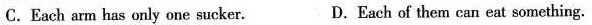
C.Each arm has only one sucker. D.Each of them can eat something.